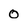
Character: 0